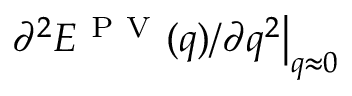
\partial ^ { 2 } E ^ { \mathrm { ~ P ~ V ~ } } ( q ) / \partial q ^ { 2 } \big | _ { q \approx 0 }